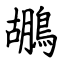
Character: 鶘